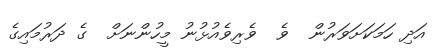
އަދި ހަމަކަށަަވަރުން  ވެ  ވެރިވެއުޅުނު މީހުންނަށް  ގެ ދަރުމައިގެ